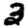
Digit: 3